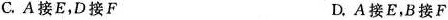
C.A接E，D接F D.A接E，B接F